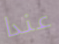
عندا